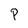
Character: P